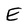
Character: E